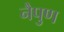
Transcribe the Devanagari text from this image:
नैपुण